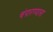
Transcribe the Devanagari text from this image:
चंपारण्याला